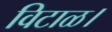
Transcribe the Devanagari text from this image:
विटाळ।